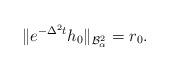
LaTeX: \begin{align*}\|e^{-\Delta^{2} t}h_{0}\|_{\mathcal{B}_{\alpha}^{2}} = r_{0}.\end{align*}